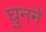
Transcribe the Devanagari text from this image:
घुनने